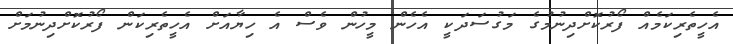
އެހީތެރިކަމެއް ފޯރުކޮށްދިނުމުގެ މަގުސަދަކީ އެހެން މީހުން ވެސް އެ ހިޔާއަށް އެހީތެރިކަން ފޯރުކޮށްދިނުމަށް